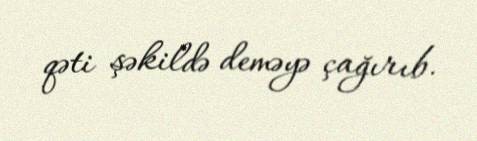
qəti şəkildə deməyə çağırıb.